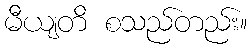
မီယျတိ စသည်တည်း။